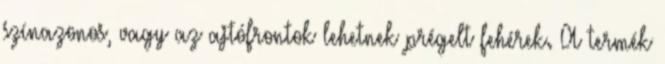
színazonos, vagy az ajtófrontok lehetnek prégelt fehérek. A termék